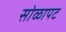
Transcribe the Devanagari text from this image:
सोळापट